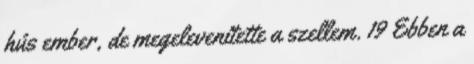
hús ember, de megelevenítette a szellem. 19 Ebben a